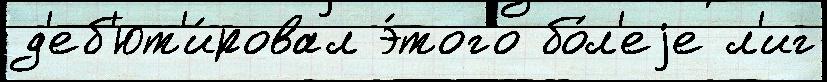
д'еб'ют'и́ровал э́того бо́л'еjе л'иг